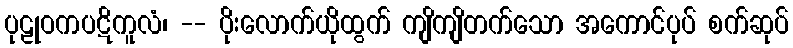
ပုဠုဝကပဋိကူလံ၊ -- ပိုးလောက်ယိုထွက် ကျိကျိတက်သော အကောင်ပုပ် စက်ဆုပ်